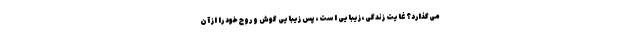
می‌گذارد؟ غایت زندگی، زیبایی است، پس زیبایی گوش و روح خود را از آن